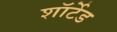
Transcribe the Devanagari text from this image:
शॉर्टेड